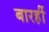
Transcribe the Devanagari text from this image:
बारहीं